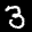
Label: 3